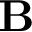
{ \bf B }